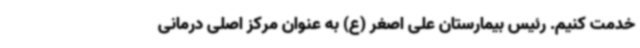
خدمت کنیم. رئیس بیمارستان علی اصغر (ع) به عنوان مرکز اصلی درمانی